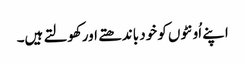
اپنے اُونٹوں کو خود باندھتے اورکھولتے ہیں۔